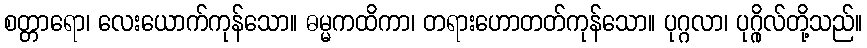
စတ္တာရော၊ လေးယောက်ကုန်သော။ ဓမ္မကထိကာ၊ တရားဟောတတ်ကုန်သော။ ပုဂ္ဂလာ၊ ပုဂ္ဂိုလ်တို့သည်။